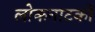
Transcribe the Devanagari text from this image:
लोकनाटकों